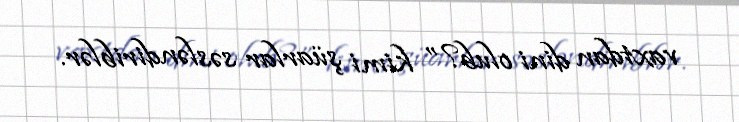
vaxtdan dini olub?” kimi şüarlar səsləndiriblər.